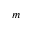
m